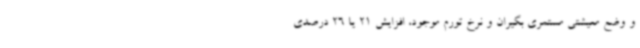
و وضع معیشتی مستمری بگیران و نرخ تورم موجود، افزایش 21 یا 26 درصدی